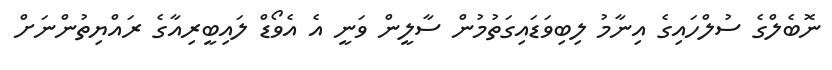
ނޮބެލްގެ ސުލްހައިގެ އިނާމު ލިބިވަޑައިގަތުމުން ސާލީން ވަނީ އެ އެވޯޑް ލައިބީރިއާގެ ރައްޔިތުންނަށް